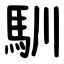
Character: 馴